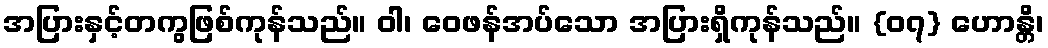
အပြားနှင့်တကွဖြစ်ကုန်သည်။ ဝါ၊ ဝေဖန်အပ်သော အပြားရှိကုန်သည်။ {၀၇} ဟောန္တိ၊